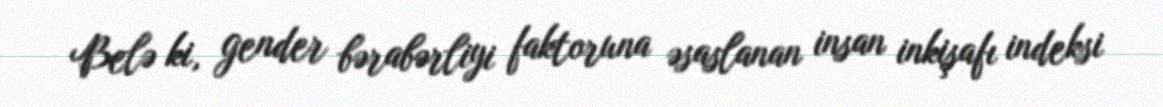
Belə ki, gender bərabərliyi faktoruna əsaslanan insan inkişafı indeksi